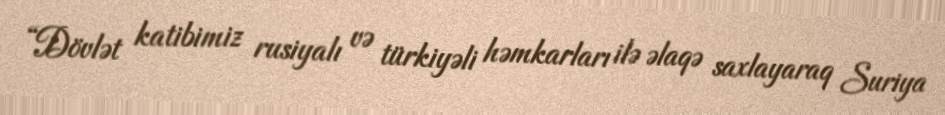
“Dövlət katibimiz rusiyalı və türkiyəli həmkarları ilə əlaqə saxlayaraq Suriya